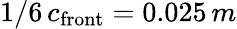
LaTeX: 1/6\, c_{\mathrm{front}}=0.025\, m